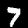
Label: 7